Leaving Certificate Examination, 1918, 1918
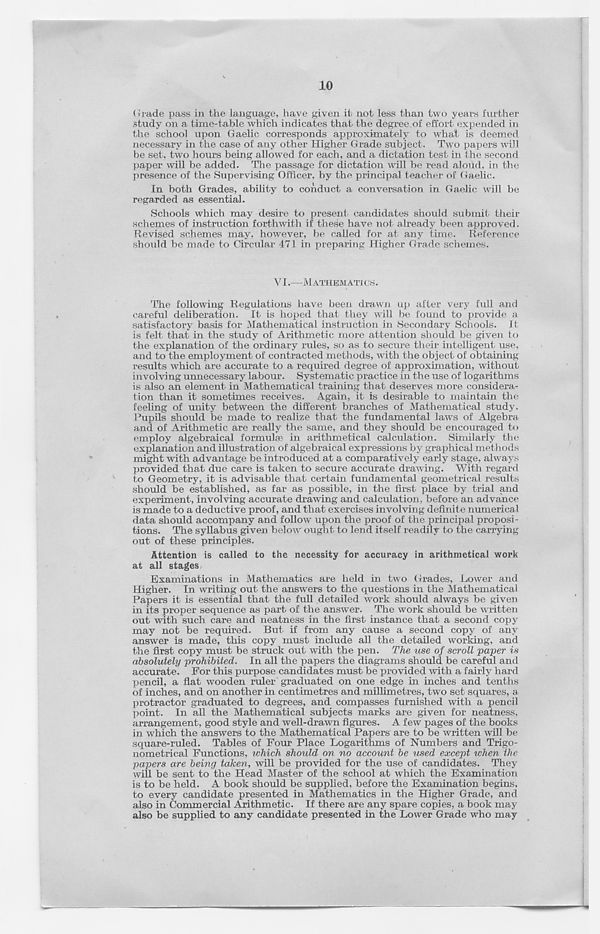
10
(■ rade pass in the language, have given it not less than two years further
study on a time-table which indicates that the degree of effort expended in
the school upon Gaelic corresponds approximately to what is deemed
necessary in the case of any other Higher Grade subject. Two papers will
be set, two hours being allowed for each, and a dictation test in the second
paper will be added. The passage for dictation will be read aloud, in the
presence of the Supervising Officer, by the principal teacher of Gaelic.
In both Grades, ability to conduct a conversation in Gaelic will be
regarded as essential.
Schools which may desire to present candidates should submit their
schemes of instruction forthwith if these have not already been approved.
Revised schemes may, however, be called for at any time. Reference
should be made to Circular 471 in preparing Higher Grade schemes.
VI.—MATHEMATICS.
The following Regulations have been drawn up after very full and
careful deliberation. It is hoped that they will be found to provide a
satisfactory basis for Mathematical instruction in Secondary Schools. It
is felt that in the study of Arithmetic more attention should be given to
the explanation of the ordinary rules, so as to secure their intelligent use,
and to the employment of contracted methods, with the object of obtaining
results which are accurate to a required degree of approximation, without
involving unnecessary labour. Systematic practice in the use of logarithms
is also an element in Mathematical training that deserves more considera-
tion than it sometimes receives. Again, it is desirable to maintain the
feeling of unity between the different branches of Mathematical study.
Pupils should be made to realize that the fundamental laws of Algebra
and of Arithmetic are really the same, and they should be encouraged to
employ algebraical formulas in arithmetical calculation. Similarly the
explanation and illustration of algebraical expressions by graphical methods
might with advantage be introduced at a comparatively early stage, always
provided that due care is taken to secure accurate drawing. With regard
to Geometry, it is advisable that certain fundamental geometrical results
should be established, as far as possible, in the first place by trial and
experiment, involving accurate drawing and calculation, before an advance
is made to a deductive proof, and that exercises involving definite numerical
data should accompany and follow upon the proof of the principal proposi-
tions. The syllabus given below ought to lend itself readily to the carrying
out of these principles.
Attention is called to the necessity for accuracy in arithmetical work
at all stages,
Examinations in Mathematics are held in two Grades, Lower and
Higher. In writing out the answers to the questions in the Mathematical
Papers it is essential that the full detailed work should always be given
in its proper sequence as part of the answer. The work should be written
out with such care and neatness in the first instance that a second copy
may not be required. But if from any cause a second copy of any
answer is made, this copy must include all the detailed working, and
the first copy must be struck out with the pen. The use of scroll 'paper is
absolutely prohibited.
In all the papers the diagrams should be careful and
accurate. For this purpose candidates must be provided with a fairly hard
pencil, a flat wooden ruler graduated on one edge in inches and tenths
of inches, and on another in centimetres and millimetres, two set squares, a
protractor graduated to degrees, and compasses furnished with a pencil
point. In all the Mathematical subjects marks are given for neatness,
arrangement, good style and well-drawn figures. A few pages of the books
in which the answers to the Mathematical Papers are to be written will be
square-ruled. Tables of Four Place Logarithms of Numbers and Trigo-
nometrical Functions, which should on no account be used except when the
papers are being taken, will be provided for the use of candidates. They
will be sent to the Head Master of the school at which the Examination
is to be held. A book should be supplied, before the Examination begins,
to every candidate presented in Mathematics in the Higher Grade, and
also in Commercial Arithmetic. If there are any spare copies, a book may
also be supplied to any candidate presented in the Lower Grade who may